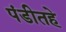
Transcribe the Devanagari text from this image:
पंडीतहे